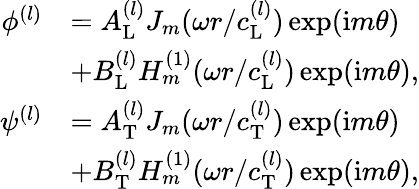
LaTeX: \begin{array}{rl}{\phi^{(l)}}&{=A_{\mathrm{L}}^{(l)}J_{m}(\omega r/c_{\mathrm{L}}^{(l)})\exp(\mathrm{i}m\theta)}\\ &{+B_{\mathrm{L}}^{(l)}H_{m}^{(1)}(\omega r/c_{\mathrm{L}}^{(l)})\exp(\mathrm{i}m\theta),}\\ {\psi^{(l)}}&{=A_{\mathrm{T}}^{(l)}J_{m}(\omega r/c_{\mathrm{T}}^{(l)})\exp(\mathrm{i}m\theta)}\\ &{+B_{\mathrm{T}}^{(l)}H_{m}^{(1)}(\omega r/c_{\mathrm{T}}^{(l)})\exp(\mathrm{i}m\theta),}\end{array}